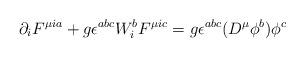
LaTeX: \begin{align*}\partial _i F^{\mu i a} + g \epsilon ^{abc} W_i ^b F^{\mu i c} =g \epsilon ^{abc} (D^{\mu} \phi ^b) \phi ^c\end{align*}